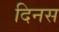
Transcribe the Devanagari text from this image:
दिनस